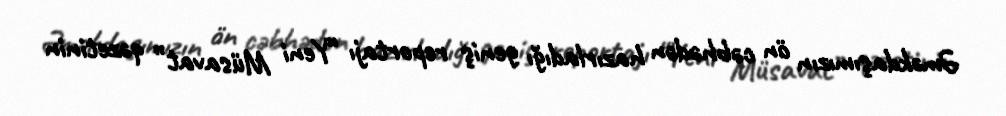
Əməkdaşımızın ön cəbhədən hazırladığı geniş reportajı “Yeni Müsavat” qəzetinin